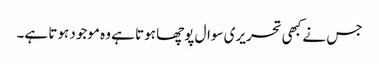
جس نے کبھی تحریری سوال پوچھا ہوتا ہے وہ موجود ہوتا ہے۔